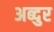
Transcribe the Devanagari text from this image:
अब्‍दुर